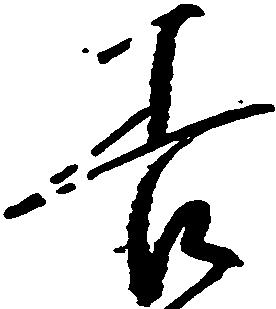
善